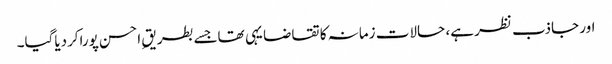
اور جاذب نظر ہے، حالات زمانہ کا تقاضا یہی تھاجسے بطریقِ احسن پوراکردیاگیا۔